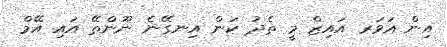
އިން އަވަރ އައިޒް މީ ތެދު ކަން އިނގޭނެ ނޫންތޭ އައި އޭމް